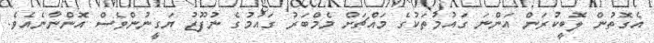
އެގޮތުން ލޮބީކުރަން އަންނަ ގައުމުތަކުގެ މައްޗަށް މެމްބަރު ގައުމުގެ ނުފޫޒު ޔަގީނުންވެސް އޮންނާނެއެވެ.